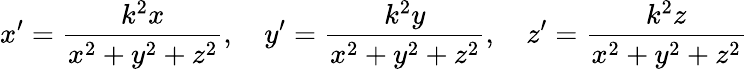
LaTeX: x^{\prime}={\frac{k^{2}x}{x^{2}+y^{2}+z^{2}}},\quad y^{\prime}={\frac{k^{2}y}{x^{2}+y^{2}+z^{2}}},\quad z^{\prime}={\frac{k^{2}z}{x^{2}+y^{2}+z^{2}}}